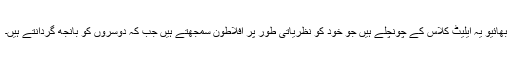
بھائیو یہ ایلیٹ کلاس کے چونچلے ہیں جو خود کو نظریاتی طور پر افلاطون سمجھتے ہیں جب کہ دوسروں کو بانجھ گردانتے ہیں۔